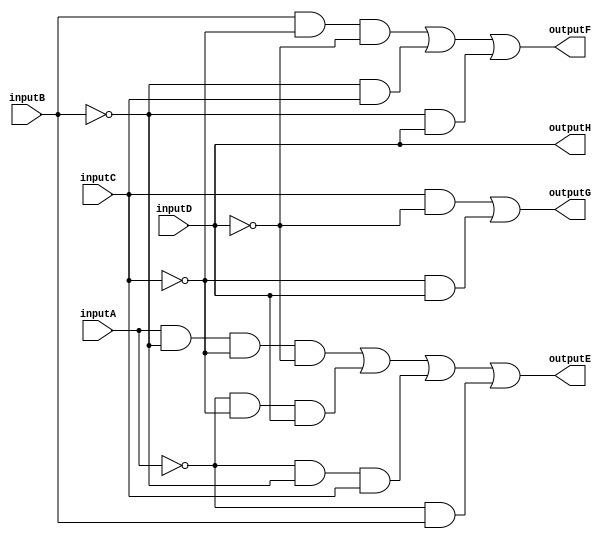
module FourBitTwoComplement(
    inputA,
    inputB,
    inputC,
    inputD,
    outputE,
    outputF,
    outputG,
    outputH
);
    input inputA;
    input inputB;
    input inputC;
    input inputD;
    output outputE;
    output outputF;
    output outputG;
    output outputH;

    assign outputH = inputD;
    assign outputG = (inputC & ~inputD)|(~inputC & inputD);
    assign outputF = (inputB & ~inputC & ~inputD)|(~inputB & inputC)|(~inputB & inputD);
    assign outputE = (inputA & ~inputB & ~inputC & ~inputD)||(~inputA & ~inputC & inputD)||(~inputA & ~inputB & inputC)||(~inputA & inputB);
endmodule

module FourBitTwoComplementTB(
);
    reg a,
        b,
        c,
        d;
    wire e,
         f,
         g,
         h;
    FourBitTwoComplement dut(a,b,c,d,e,f,g,h);
    initial begin
        $monitor("Input:  a=%b   b=%b   c=%b   d=%b\nOutput: e=%b   f=%b   g=%b   h=%b",a,b,c,d,e,f,g,h);
        a=0;b=0;c=0;d=0; #10;
        a=0;b=0;c=0;d=1; #10;
        a=0;b=0;c=1;d=0; #10;
        a=0;b=0;c=1;d=1; #10;
        a=0;b=1;c=0;d=0; #10;
        a=0;b=1;c=0;d=1; #10;
        a=0;b=1;c=1;d=0; #10;
        a=0;b=1;c=1;d=1; #10;
        a=1;b=0;c=0;d=0; #10;
        a=1;b=0;c=0;d=1; #10;
        a=1;b=0;c=1;d=0; #10;
        a=1;b=0;c=1;d=1; #10;
        a=1;b=1;c=0;d=0; #10;
        a=1;b=1;c=0;d=1; #10;
        a=1;b=1;c=1;d=0; #10;
        a=1;b=1;c=1;d=1; #10;
        $finish;
    end
endmodule